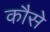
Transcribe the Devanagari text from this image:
कौसे